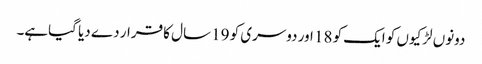
دونوں لڑکیوں کو ایک کو 18 اور دوسری کو 19 سال کا قرار دے دیا گیاہے۔